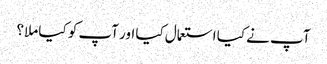
آپ نے کیا استعمال کیا اور آپ کو کیا ملا؟